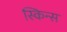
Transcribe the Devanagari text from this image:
स्किन्स